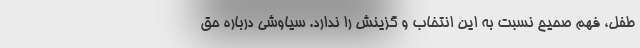
طفل، فهم صحیح نسبت به این انتخاب و گزینش را ندارد. سیاوشی درباره حق